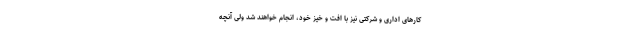
کارهای اداری و شرکتی نیز با افت و خیز خود، انجام خواهند شد ولی آنچه